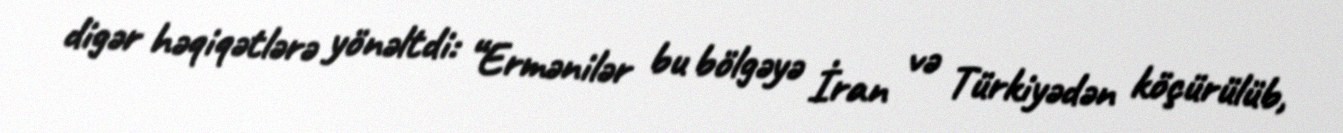
digər həqiqətlərə yönəltdi: “Ermənilər bu bölgəyə İran və Türkiyədən köçürülüb,